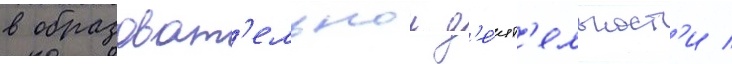
в образоват'ельнои д'е́ят'ельност'и /